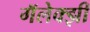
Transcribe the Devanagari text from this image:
गॅलेक्झी